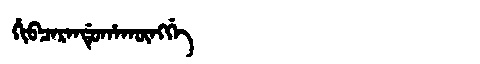
Manchu: ᡥᡳᠪᠴᠠᡵᠠᠨᡩᡠᡥᠠᡴᡡᠩᡤᡝ
Romanization: HIBCARANDUHAKŪNGGE